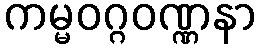
ကမ္မဝဂ္ဂဝဏ္ဏနာ